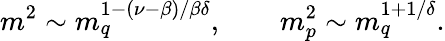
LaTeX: m^{2}\sim m_{q}^{1-(\nu-\beta)/\beta\delta},\qquad m_{p}^{2}\sim m_{q}^{1+1/\delta}.